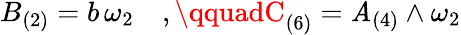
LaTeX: B_{(2)}=b\, \omega_{2}\quad,\qquadC_{(6)}=\mathit{A}_{(4)}\wedge\omega_{2}